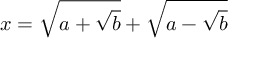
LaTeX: x = { \sqrt { a + { \sqrt { b } } } } + { \sqrt { a - { \sqrt { b } } } }